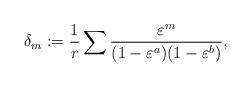
LaTeX: \begin{align*}\delta_m:=\frac{1}{r}\sum\frac{\varepsilon^m}{(1-\varepsilon^a)(1-\varepsilon^b)},\end{align*}